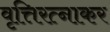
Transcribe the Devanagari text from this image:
वृत्तिरत्नाकर